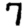
Digit: 7